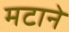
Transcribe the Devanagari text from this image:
मटाने